Leaving Certificate Examination (including Day School Certificate (Higher) General paper), 1926
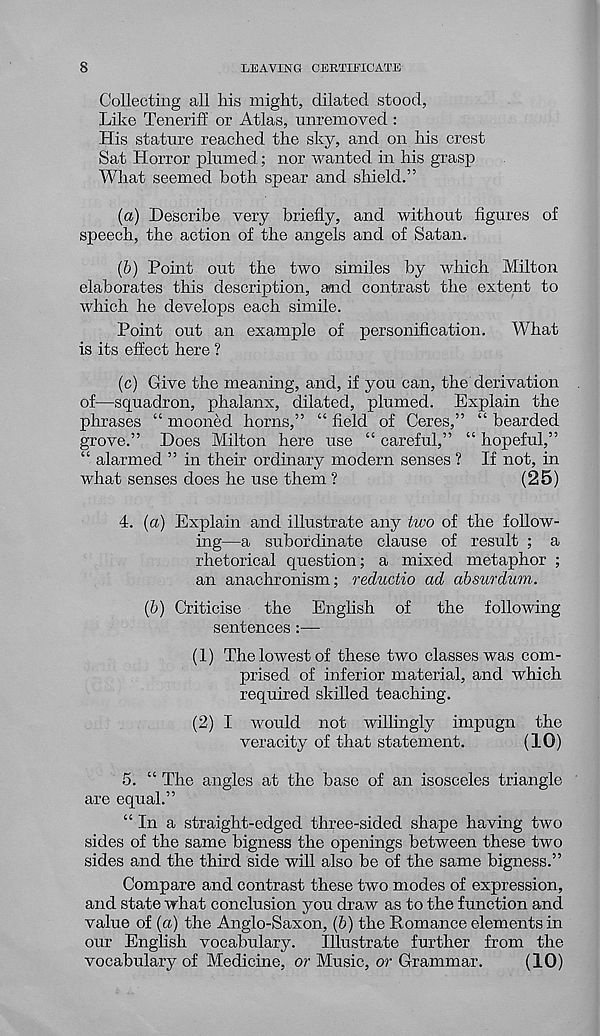
8
LEAVING CERTIFICATE
Collecting all his might, dilated stood,
Like Teneriff or Atlas, unremoved :
His stature reached the sky, and on his crest
Sat Horror plumed; nor wanted in his grasp
What seemed both spear and shield.”
(a) Describe very briefly, and Avithout figures of
speech, the action of the angels and of Satan.
(&) Point out the two similes by which Milton
elaborates this description, and contrast the extent to
which he develops each simile.
Point out an example of personification. What
is its effect here ?
(c) Give the meaning, and, if you can, the derivation
of—squadron, phalanx, dilated, plumed. Explain the
phrases “ mooned horns,” “ field of Ceres,” “ bearded
grove.” Does Milton here use “ careful,” “ hopeful,”
“ alarmed ” in their ordinary modern senses ? If not, in
what senses does he use them ?
(25)
4. (a) Explain and illustrate any two of the follow-
ing—a subordinate clause of result ; a
rhetorical question; a mixed metaphor ;
an anachronism; reductio ad absurdum.
(b) Criticise the English of the following
sentences —
(1) TheloAvestof these two classes was com-
prised of inferior material, and which
required skilled teaching.
(2) I would not willingly impugn the
veracity of that statement.
(10)
5. “ The angles at the base of an isosceles triangle
are equal.”
“ In a straight-edged three-sided shape having two
sides of the same bigness the openings between these two
sides and the third side will also be of the same bigness.”
Compare and contrast these two modes of expression,
and state what conclusion you draw as to the function and
value of (a) the Anglo-Saxon, (6) the Romance elements in
our English vocabulary. Illustrate further from the
vocabulary of Medicine, or Music, or Grammar.
(10)